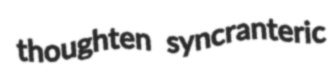
thoughten syncranteric